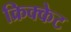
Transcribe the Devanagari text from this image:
क्रिक्केट